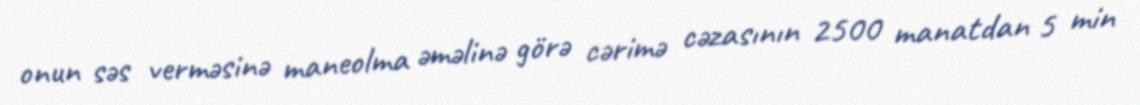
onun səs verməsinə maneolma əməlinə görə cərimə cəzasının 2500 manatdan 5 min